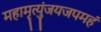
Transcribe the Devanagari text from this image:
महामृत्युंजयजपमहं